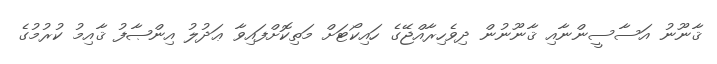
ޤާނޫނު އަސާސީންނާއި ޤާނޫނުން ދިވެހިރާއްޖޭގެ ހައިކޯޓަށް މަތިކޮށްފައިވާ ޢަދުލު އިންޞާފު ޤާއިމު ކުރުމުގެ